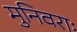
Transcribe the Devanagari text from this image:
मुनिवराः